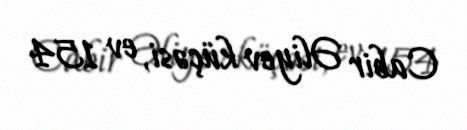
Cabir Əliyev küçəsi, ev 154